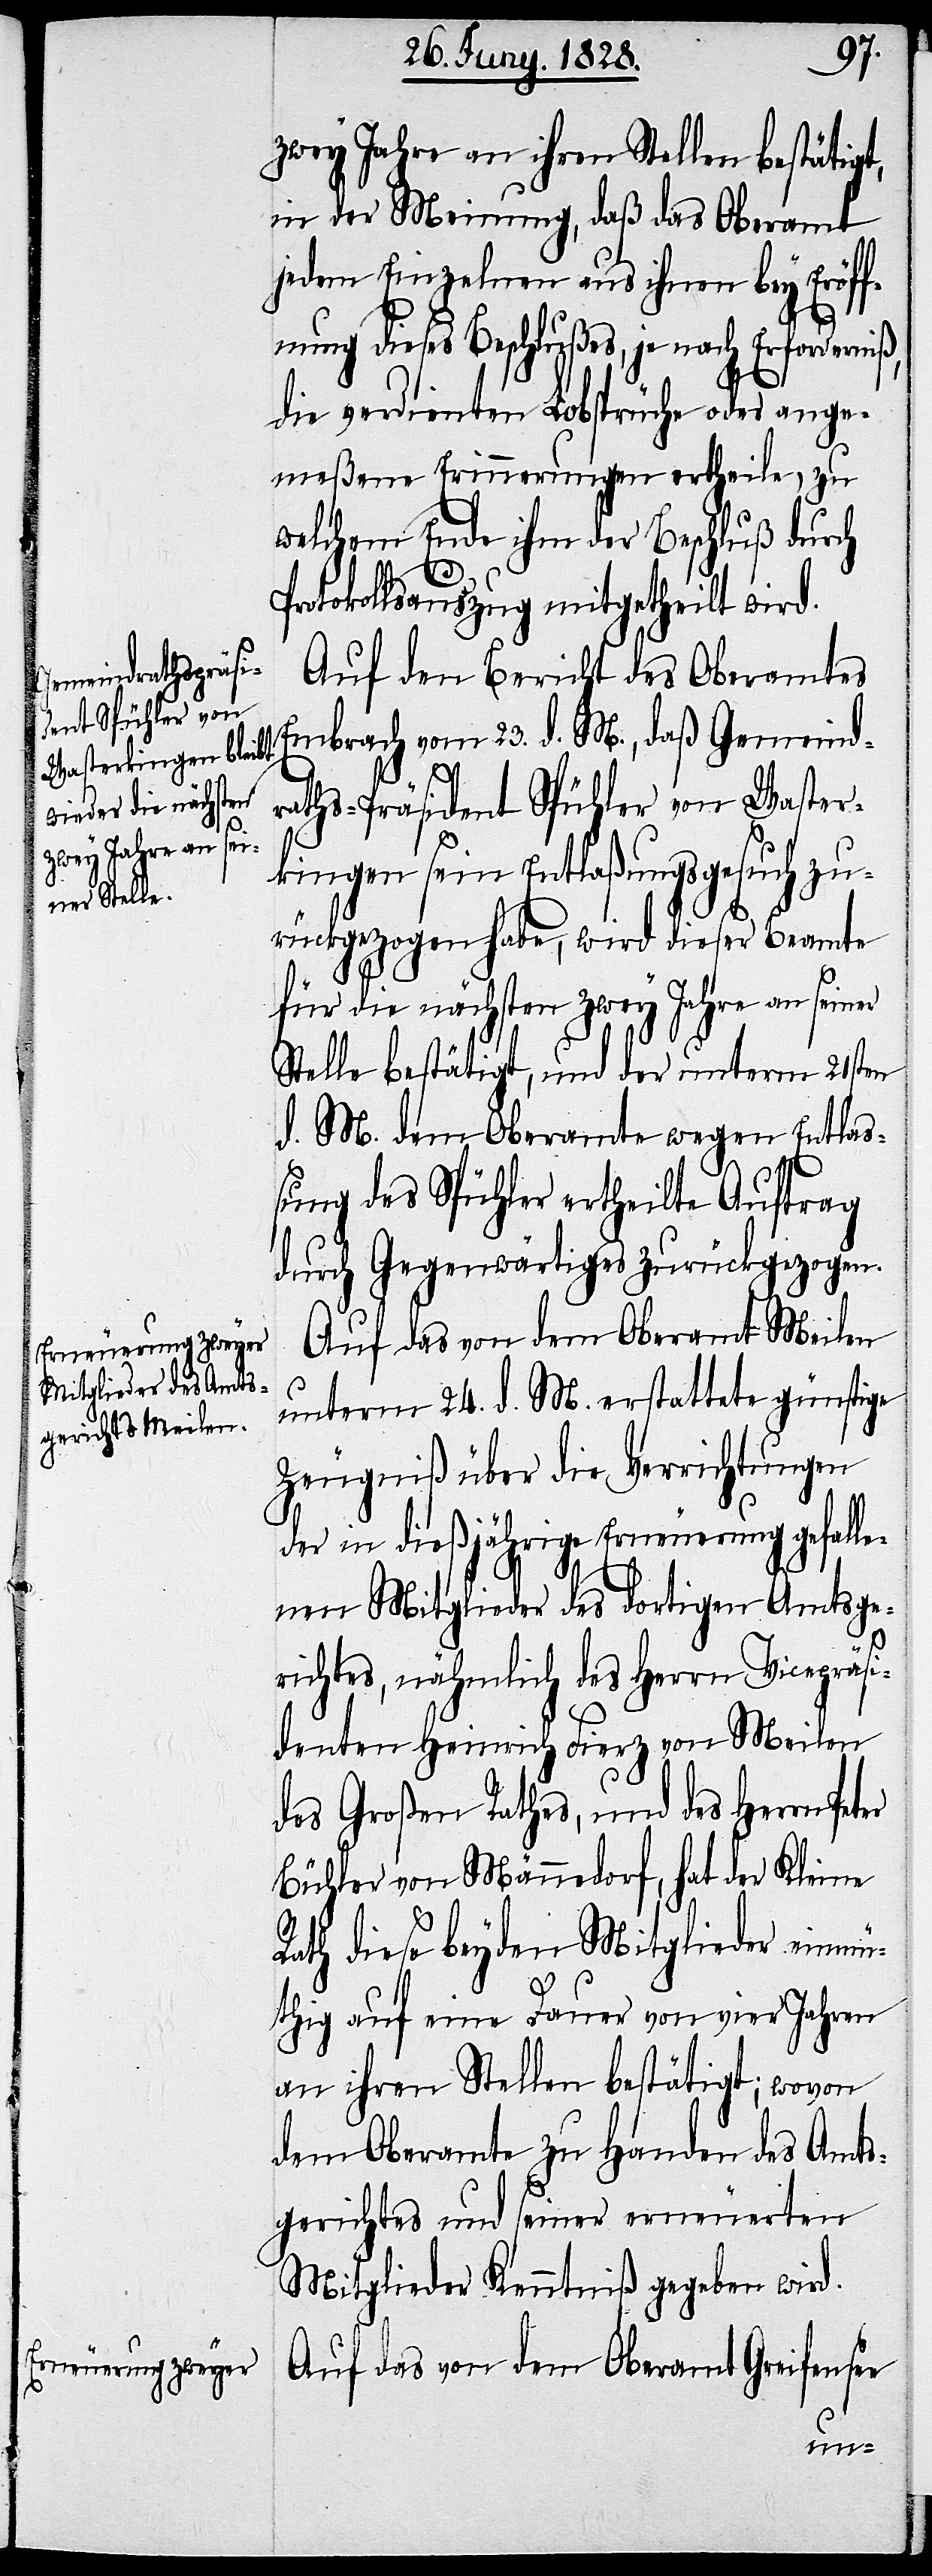
zwey Jahre an ihren Stellen bestätigt,
in der Meinung, daß das Oberamt
jedem Einzelnen aus ihren bey Eröff¬
nung dieses Beschlußes, je nach Erfordern¬
die verdienten Lobsprüche oder ange¬
meßene Erinnerungen ertheile, zu
welchem Ende ihm der Beschluß durch
Protokollsauszug mitgetheilt wird.
Auf den Bericht des Oberamtes
raths-Präsident Spühler von Waster¬
kingen sein Entlaßungsgesuch zu¬
rückgezogen habe, wird dieser Beamte
für die nächsten zwey Jahre an seiner
Stelle bestätigt, und der unterm 21sten
d. M. dem Oberamte wegen Entlaß¬
ung des Spühler ertheilte Auftrag
durch Gegenwärtiges zurückgezogen.
Auf das von dem Oberamt Meilen
unterm 24. d. M. erstattete günstige
Zeugniß über die Verrichtungen
der in diesjährige Erneuerung gefalle¬
nen Mitglieder des dortigen Amtsge¬
daß
richtes, nähmlich des Herrn Vicepräsi¬
denten Heinrich Fierz von Meilen
des Großen Rathes, und des Herrn Peter
Bühler von Männedorf, hat der Kleine
Rath diese beyden Mitglieder einmü¬
thig auf eine Dauer von vier Jahren
an ihren Stellen bestätigt; wovon
dem Oberamte zu Handen des Amts¬
gerichtes und seiner erneuerten
Mitglieder Kenntniß gegeben wird.
Auf das von dem Oberamt Greifensee
Gemeind¬